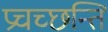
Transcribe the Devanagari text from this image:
प्रचच्छन्ति